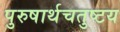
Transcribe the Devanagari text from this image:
पुरुषार्थचतुष्टय